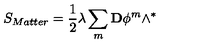
S _ { M a t t e r } = \frac { 1 } { 2 } \lambda \sum _ { m } \mathbf { D } \phi ^ { m } \wedge ^ { \ast }